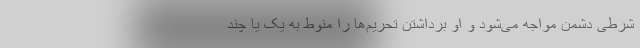
شرطی دشمن مواجه می‌شود و او برداشتن تحریم‌ها را منوط به یک یا چند